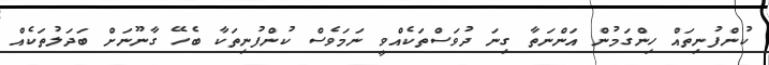
ކުންފުނިތައް ހިންގަމުން އަންނަތާ ގިނަ ދުވަސްތަކެއްވީ ނަމަވެސް ކުންފުނިތަކާ ބެހޭ ގާނޫނަށް ބަދަލުތަކެއް